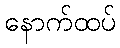
နောက်ထပ်